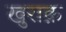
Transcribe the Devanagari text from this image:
खुराक़